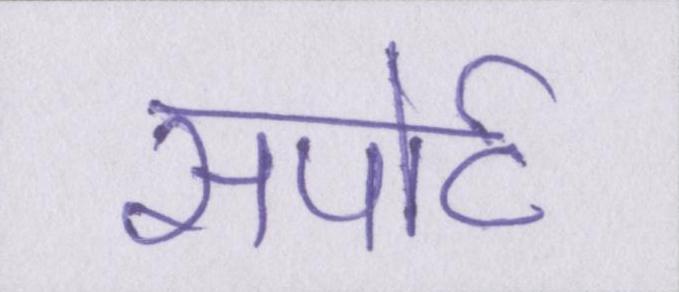
सपोर्ट